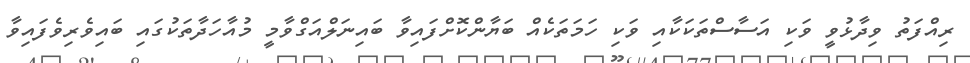
ރިއްފަތު ވިދާޅުވީ ވަކި އަސާސްތަކަކާއި ވަކި ހަމަތަކެއް ބަޔާންކޮށްފައިވާ ބައިނަލްއަގްވާމީ މުއާހަދާތަކުގައި ބައިވެރިވެފައިވާ